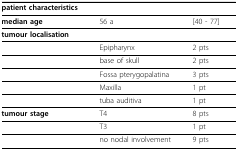
<table><thead><tr><td><b>patient characteristics</b></td><td></td><td></td></tr></thead><tbody><tr><td><b>median age</b></td><td>56 a</td><td>[40 - 77]</td></tr><tr><td><b>tumour localisation</b></td><td></td><td></td></tr><tr><td></td><td>Epipharynx</td><td>2 pts</td></tr><tr><td></td><td>base of skull</td><td>2 pts</td></tr><tr><td></td><td>Fossa pterygopalatina</td><td>3 pts</td></tr><tr><td></td><td>Maxilla</td><td>1 pt</td></tr><tr><td></td><td>tuba auditiva</td><td>1 pt</td></tr><tr><td><b>tumour stage</b></td><td>T4</td><td>8 pts</td></tr><tr><td></td><td>T3</td><td>1 pt</td></tr><tr><td></td><td>no nodal involvement</td><td>9 pts</td></tr></tbody></table>